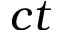
c t